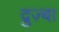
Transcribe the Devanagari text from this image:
द्रुज़्बा